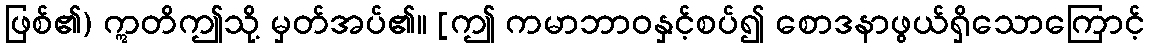
ဖြစ်၏) ဣတိဤသို့ မှတ်အပ်၏။ [ဤ ကမာဘာဝနှင့်စပ်၍ စောဒနာဖွယ်ရှိသောကြောင့်